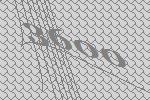
3600